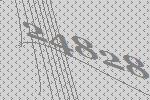
24828